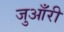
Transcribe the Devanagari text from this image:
जुआँरी